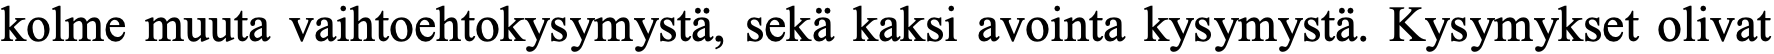
kolme muuta vaihtoehtokysymystä, sekä kaksi avointa kysymystä. Kysymykset olivat